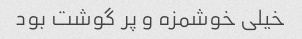
خیلی خوشمزه و پر گوشت بود